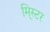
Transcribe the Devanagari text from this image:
मि्स्टर